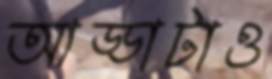
আড্ডাটাও